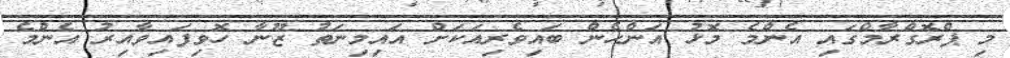
މި ޕްރޮގްރާމްގައި އެންމެ މޮޅު އަންހެން ބައިވެރިއަކަށް އައިމިނަތު ޒޫނާ ހޮވިފައިވާއިރު އެންމެ